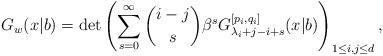
LaTeX: \begin{align*}G_{w}(x|b) = \det\left( \sum_{s=0}^{\infty} \binom{i-j}{s}\beta^s G_{\lambda_i+j-i+s}^{[p_i,q_i]}(x|b) \right)_{1\leq i,j \leq d},\end{align*}